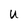
Character: U